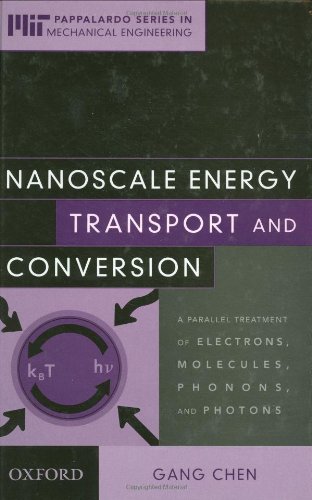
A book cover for Nanoscale Energy Transport and Conversion: A Parallel Treatment of Electrons, Molecules, Phonons, and Photons (MIT-Pappalardo Series in Mechanical Engineering); Gang Chen; Science & Math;